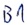
Text: B1